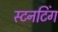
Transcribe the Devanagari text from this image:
स्टनटिंग